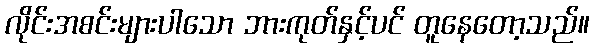
လိုင်းအစင်းများပါသော ဘားကုတ်နှင့်ပင် တူနေတော့သည်။